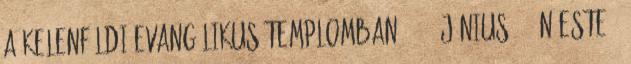
a Kelenföldi Evangélikus Templomban 2017. június 10-én este 6